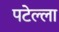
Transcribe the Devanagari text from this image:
पटेल्ला